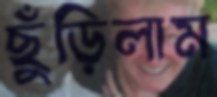
ছুঁড়িলাম